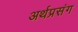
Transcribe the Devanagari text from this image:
अर्थप्रसंग